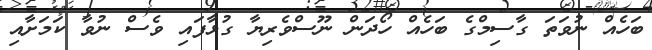
ބަހެއް ނުވަތަ ގާސިމްގެ ބަހެއް ހޯދަން ނޫސްވެރިޔާ ގުޅާފައި ވެސް ނުވާ ކަމަށާއި